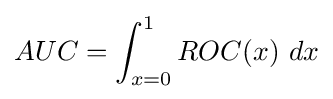
AUC=\int _{x=0}^{1}ROC(x)\ dx